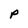
Character: P